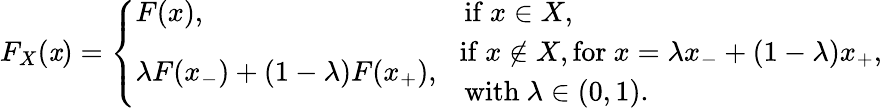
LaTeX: F_{X}(\mathit{x})=\left\{ \begin{array}{ll}{F(x),}&{\mathrm{if~}x\in X,}\\ {\lambda F(x_{-})+(1-\lambda)F(x_{+}),}&{\begin{array}{l}{\! \mathrm{if~}x\notin X,\mathrm{for~}x=\lambda x_{-}+(1-\lambda)x_{+},}\\ {\mathrm{with~}\lambda\in(0,1).}\end{array}}\end{array}\right.